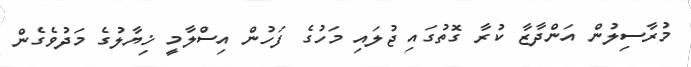
މުރާސިލުން އަންދާޒާ ކުރާ ގޮތުގައި ޖުލައި މަހުގެ ފަހުން އިސްލާމީ ޚިޔާލުގެ މަދުވެގެން